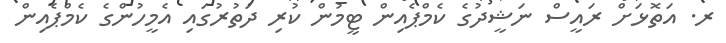
ރ. އަތޮޅަށް ރައީސް ނަޝީދުގެ ކެމްޕެއިން ޓީމުން ކުރި ދަތުރުގައި އެމީހުންގެ ކެމްޕެއިން